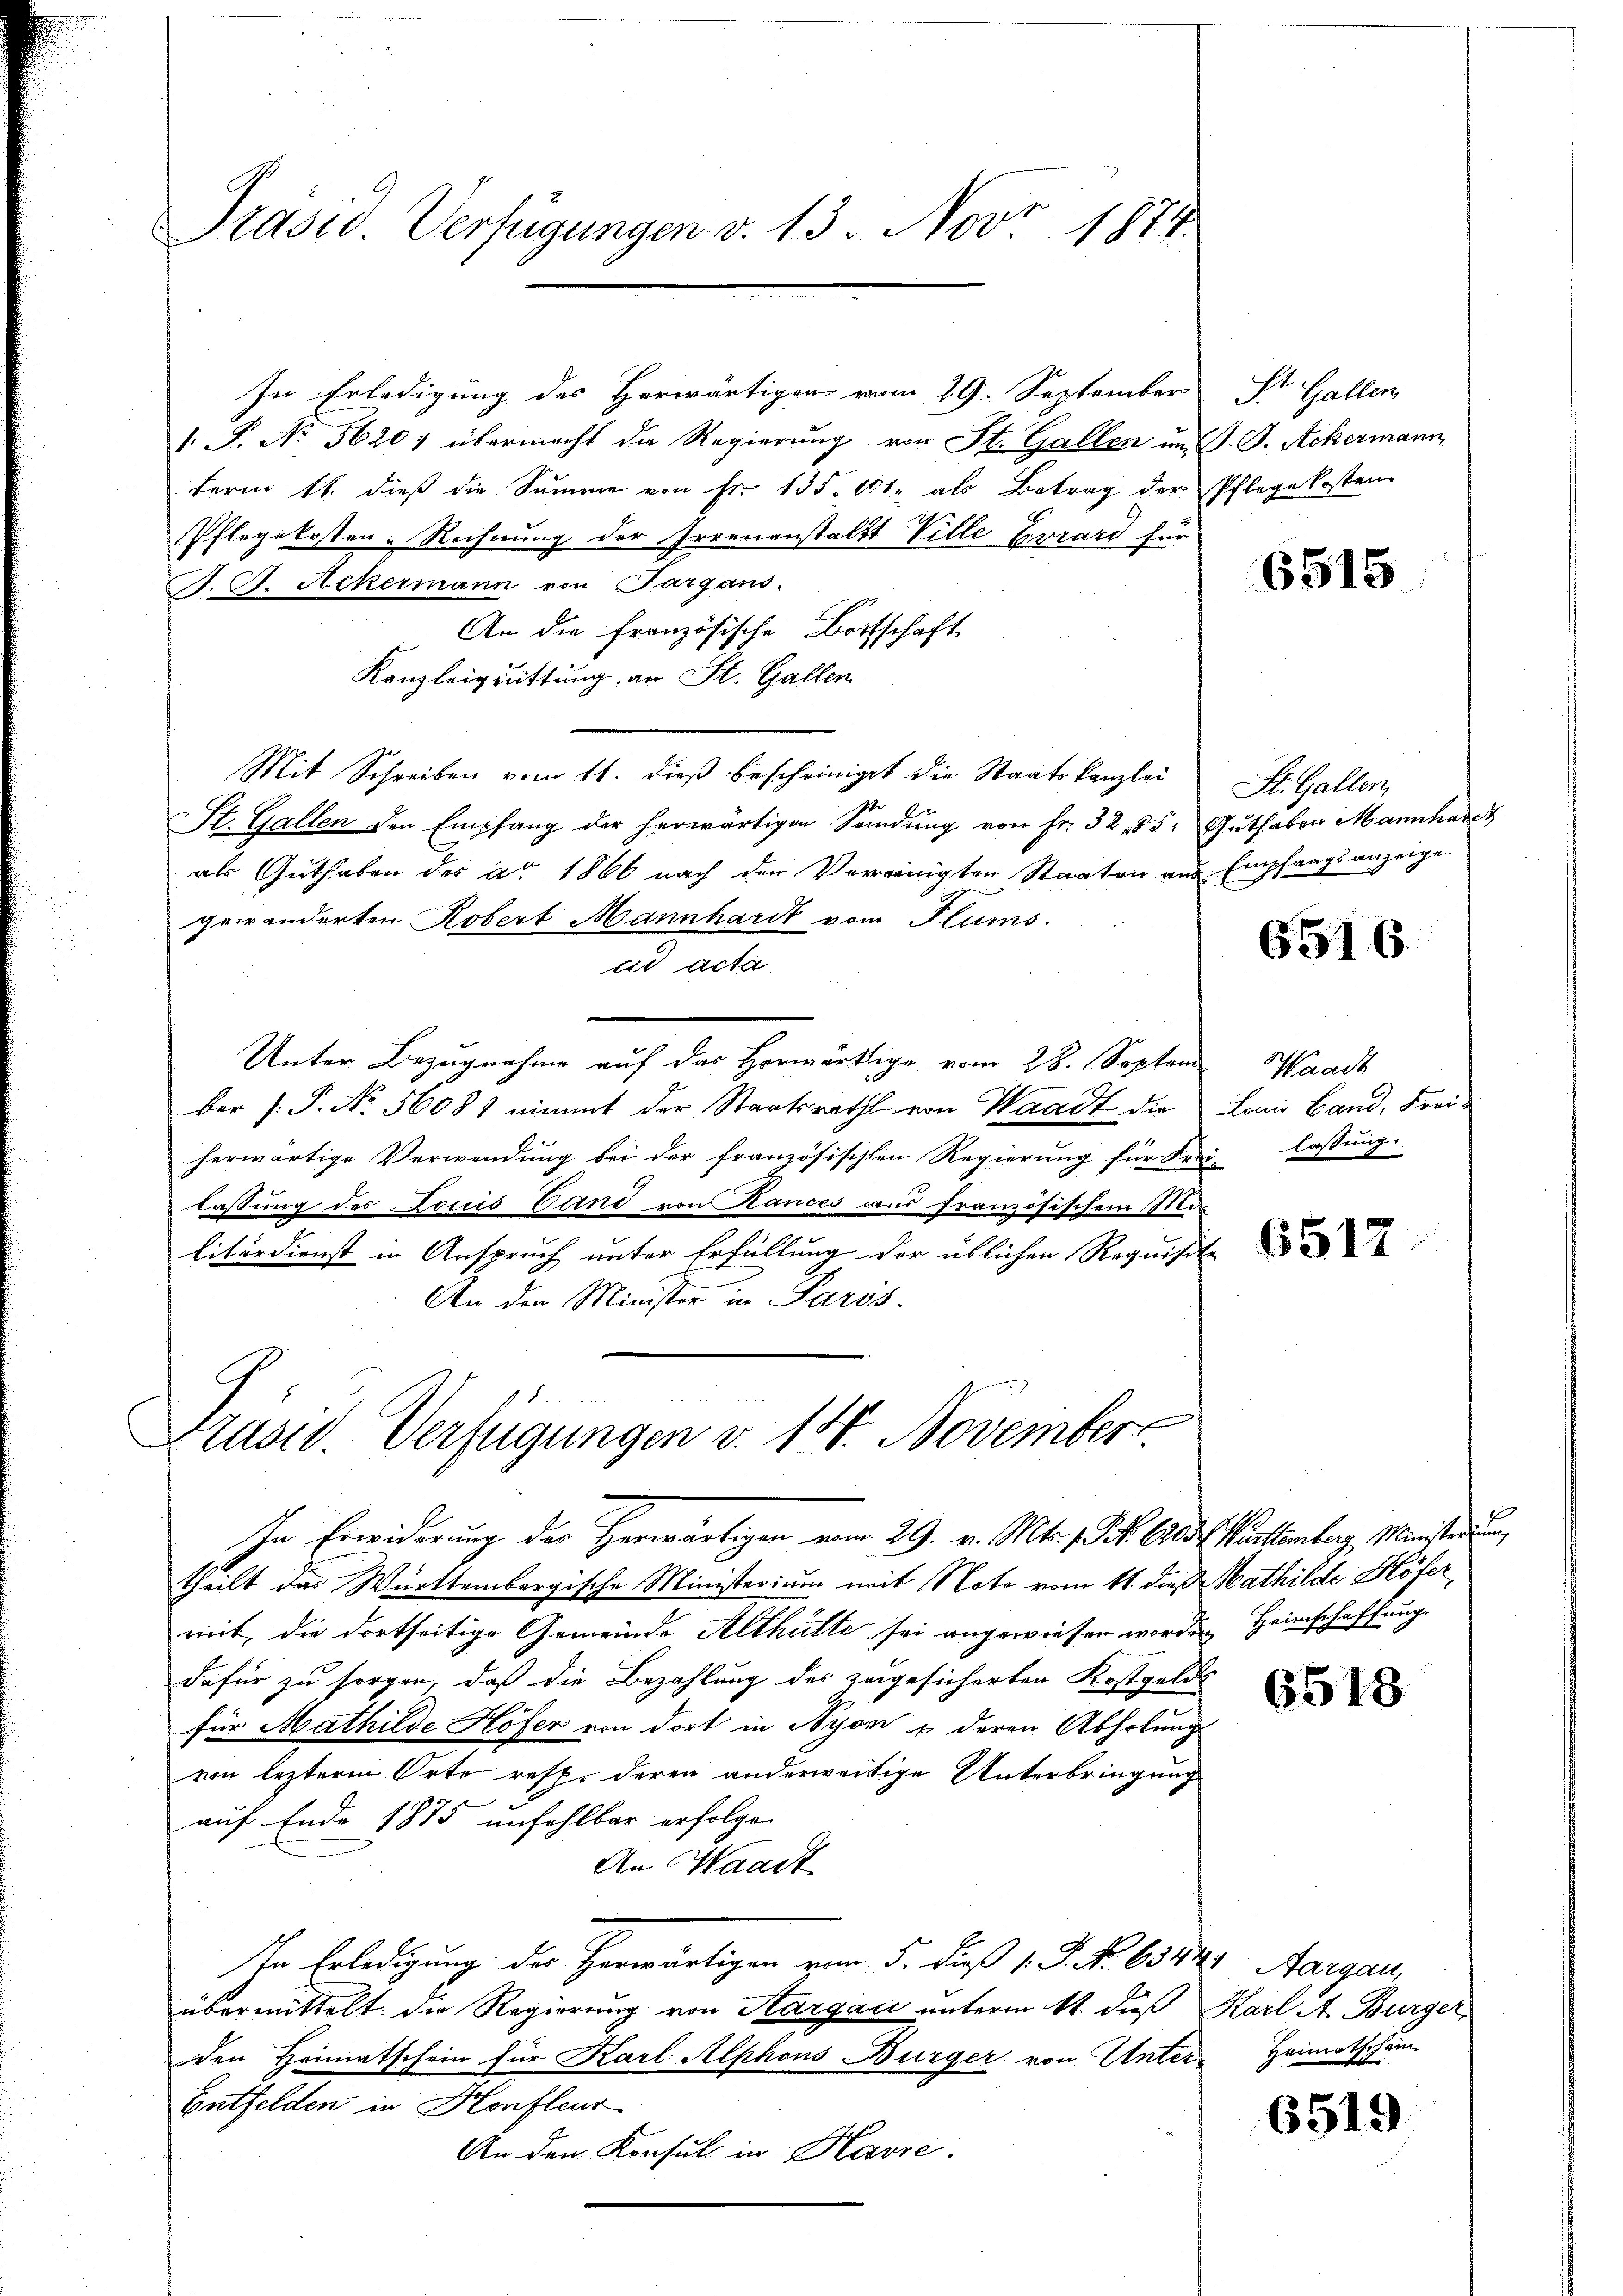
Präsid. Verfügungen v. 13. Nov. 1874.

1. P. No 5620) übermacht die Regierung von St. Gallen im J. J. Ackermann
term 11. dieß die Summe von Fr. 135. 11. als Betrag der Pflegekosten
Pflegekosten-Rechnung der Irrenanstaltt Ville Terrard für
P. G. Ackermann von Sargans.
An die französische Bortschaft
Kanzleiquittung an St. Gallen
Mit Schreiben vom 11. dieß bescheiniget die Staatskanzlei
St. Gallen den Empfang der herwärtigen Sandung von Fr. 3285: Guthaben Mannhardt
als Guthaben des ao. 1866 nach den Vereinigten Staaten aus Empfangsanzeige.
gewänderten Robert Mannhardt vom Flums.
ad acta
Unter Bezugnahme auf das Horwärtige vom 28. Septem
Ber /: P. No. 56081 nimmt der Staatsrath von Waadt die Louis Land, Freiherwärtige Verwendung bei der französischten Regierung für Frei- lassung
lassung des Louis Band von Rances aus französischem Mar
litärdienst in Anspruch unter Erfüllung der üblichen Requisite
f
An den Minister in Paris.

Präsid. Verfügungen v. 14. November

In Erwiderung der Herwärtigen vom 29. v. Mts. 1 Frk. 603. Warttemberg, Ministerun
theilt der Württembergische Ministerium mit Noto vom 11. dieß Mathilde Höfer
mit, die dortseitige Gemeinde Althütte sei angewiesen worden Heimschaffung
dafür zu sorgen, daß die Bezahlung des zugesicherten Kostgelds
für Mathilde Höfer von dort in Nyon u deren Abholung
von lezterm Orte resp. deren anderweitige Unterbringung
auf Ende 1875 unfehlbar erfolgen
An Haart
In Erledigung des Herwärtigen vom 5. Fuß v. J. N. 6344. Aargau,
übermittelt. Die Regierung von Aargau unterm 11. daß Karl A. Burger,
den Heimatschein für Karl Alphons Bürger von Unter¬
Entfelden in Konfleur
An den Konsul in Havre.

In Erledigung des Herwärtigen vom 29. September

St. Gallen

6515

St. Gallen,

6516

Waadt

6517

6518

Heimatschein.

6519.